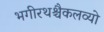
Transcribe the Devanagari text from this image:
भगीरथश्चैकलव्यो